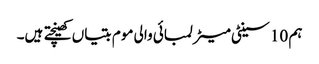
ہم 10 سینٹی میٹر لمبائی والی موم بتیاں کھینچتے ہیں۔